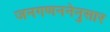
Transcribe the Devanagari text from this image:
जनगणननेनुसार